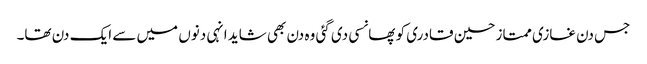
جس دن غازی ممتاز حسین قادری کو پھانسی دی گئی وہ دن بھی شاید انہی دنوں میں سے ایک دن تھا۔